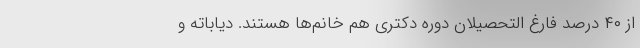
از ۴۰ درصد فارغ التحصیلان دوره دکتری هم خانم‌ها هستند. دیاباته و